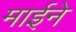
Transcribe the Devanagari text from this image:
माईने